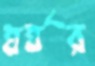
ঘর্ঘর